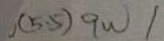
( 5 . 5 ) 9 w 1